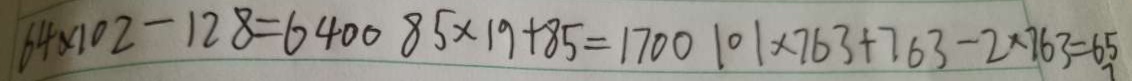
6 4 \times 1 0 2 - 1 2 8 = 6 4 0 0 8 5 \times 1 9 + 8 5 = 1 7 0 0 1 0 1 \times 7 6 3 + 7 6 3 - 2 \times 7 6 3 = 6 5